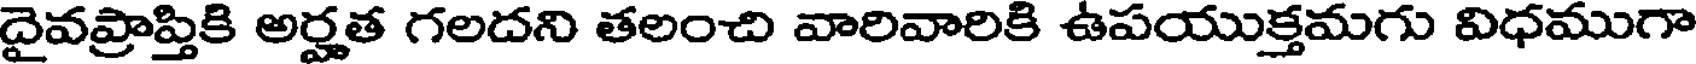
దైవప్రాప్తికి అర్హత గలదని తలంచి వారివారికి ఉపయుక్తమగు విధముగా